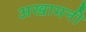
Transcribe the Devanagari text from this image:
अखामनी